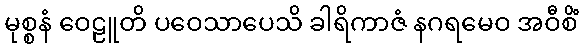
မုစ္စနံ ဝေဠူတိ ပဝေသာပေသိ ခါရိကာဇံ နဂရမေဝ အဝီစိံ